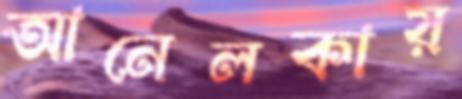
আনেলকায়